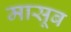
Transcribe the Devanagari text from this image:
मासूब